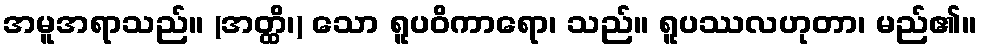
အမူအရာသည်။ (အတ္ထိ၊) သော ရူပဝိကာရော၊ သည်။ ရူပဿလဟုတာ၊ မည်၏။